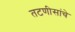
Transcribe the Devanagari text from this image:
तटणीसांचे